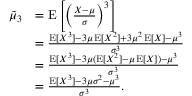
{ \begin{array} { r l } { { \tilde { \mu } } _ { 3 } } & { = \operatorname { E } \left[ \left( { \frac { X - \mu } { \sigma } } \right) ^ { 3 } \right] } \\ & { = { \frac { \operatorname { E } [ X ^ { 3 } ] - 3 \mu \operatorname { E } [ X ^ { 2 } ] + 3 \mu ^ { 2 } \operatorname { E } [ X ] - \mu ^ { 3 } } { \sigma ^ { 3 } } } } \\ & { = { \frac { \operatorname { E } [ X ^ { 3 } ] - 3 \mu ( \operatorname { E } [ X ^ { 2 } ] - \mu \operatorname { E } [ X ] ) - \mu ^ { 3 } } { \sigma ^ { 3 } } } } \\ & { = { \frac { \operatorname { E } [ X ^ { 3 } ] - 3 \mu \sigma ^ { 2 } - \mu ^ { 3 } } { \sigma ^ { 3 } } } . } \end{array} }